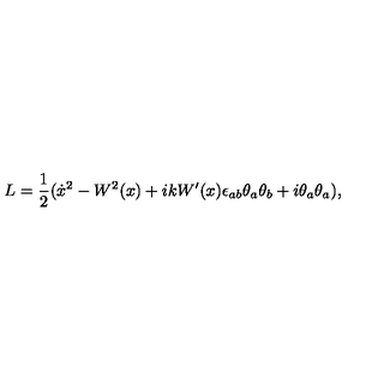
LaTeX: L = \frac { 1 } { 2 } ( \dot { x } { } ^ { 2 } - W ^ { 2 } ( x ) + i k W ^ { \prime } ( x ) \epsilon _ { a b } \theta _ { a } \theta _ { b } + i \theta _ { a } \theta _ { a } ) ,